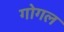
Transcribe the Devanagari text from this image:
गोगल